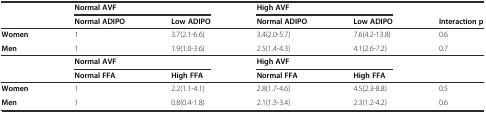
<table><thead><tr><td></td><td colspan="2"><b>Normal AVF</b></td><td colspan="2"><b>High AVF</b></td><td></td></tr><tr><td></td><td><b>Normal ADIPO</b></td><td><b>Low ADIPO</b></td><td><b>Normal ADIPO</b></td><td><b>Low ADIPO</b></td><td><b>Interaction p</b></td></tr></thead><tbody><tr><td><b>Women</b></td><td>1</td><td>3.7(2.1-6.6)</td><td>3.4(2.0-5.7)</td><td>7.6(4.2-13.8)</td><td>0.6</td></tr><tr><td><b>Men</b></td><td>1</td><td>1.9(1.0-3.6)</td><td>2.5(1.4-4.3)</td><td>4.1(2.6-7.2)</td><td>0.7</td></tr><tr><td></td><td colspan="2"><b>Normal AVF</b></td><td colspan="2"><b>High AVF</b></td><td></td></tr><tr><td></td><td><b>Normal FFA</b></td><td><b>High FFA</b></td><td><b>Normal FFA</b></td><td><b>High FFA</b></td><td></td></tr><tr><td><b>Women</b></td><td>1</td><td>2.2(1.1-4.1)</td><td>2.8(1.7-4.6)</td><td>4.5(2.3-8.8)</td><td>0.5</td></tr><tr><td><b>Men</b></td><td>1</td><td>0.8(0.4-1.8)</td><td>2.1(1.3-3.4)</td><td>2.3(1.2-4.2)</td><td>0.6</td></tr></tbody></table>